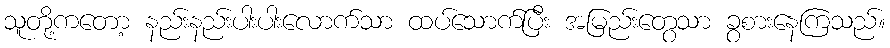
သူတို့ကတော့ နည်းနည်းပါးပါးလောက်သာ ထပ်သောက်ပြီး အမြည်းတွေသာ ခွစားနေကြသည်။